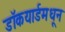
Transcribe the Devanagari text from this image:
डॉकयार्डमधून